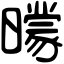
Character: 𣋡